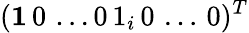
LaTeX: (\mathbf{1}\, 0\, \dots 0\, 1_{i}\, 0\, \dots\, 0)^{T}